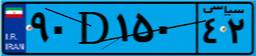
۹۰D۱۰۵۹۶